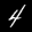
Label: 4